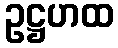
ဥဋ္ဌဟထ